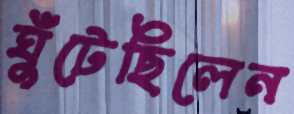
ঘুঁটেছিলেন